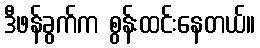
ဒီဖန်ခွက်က စွန်းထင်းနေတယ်။